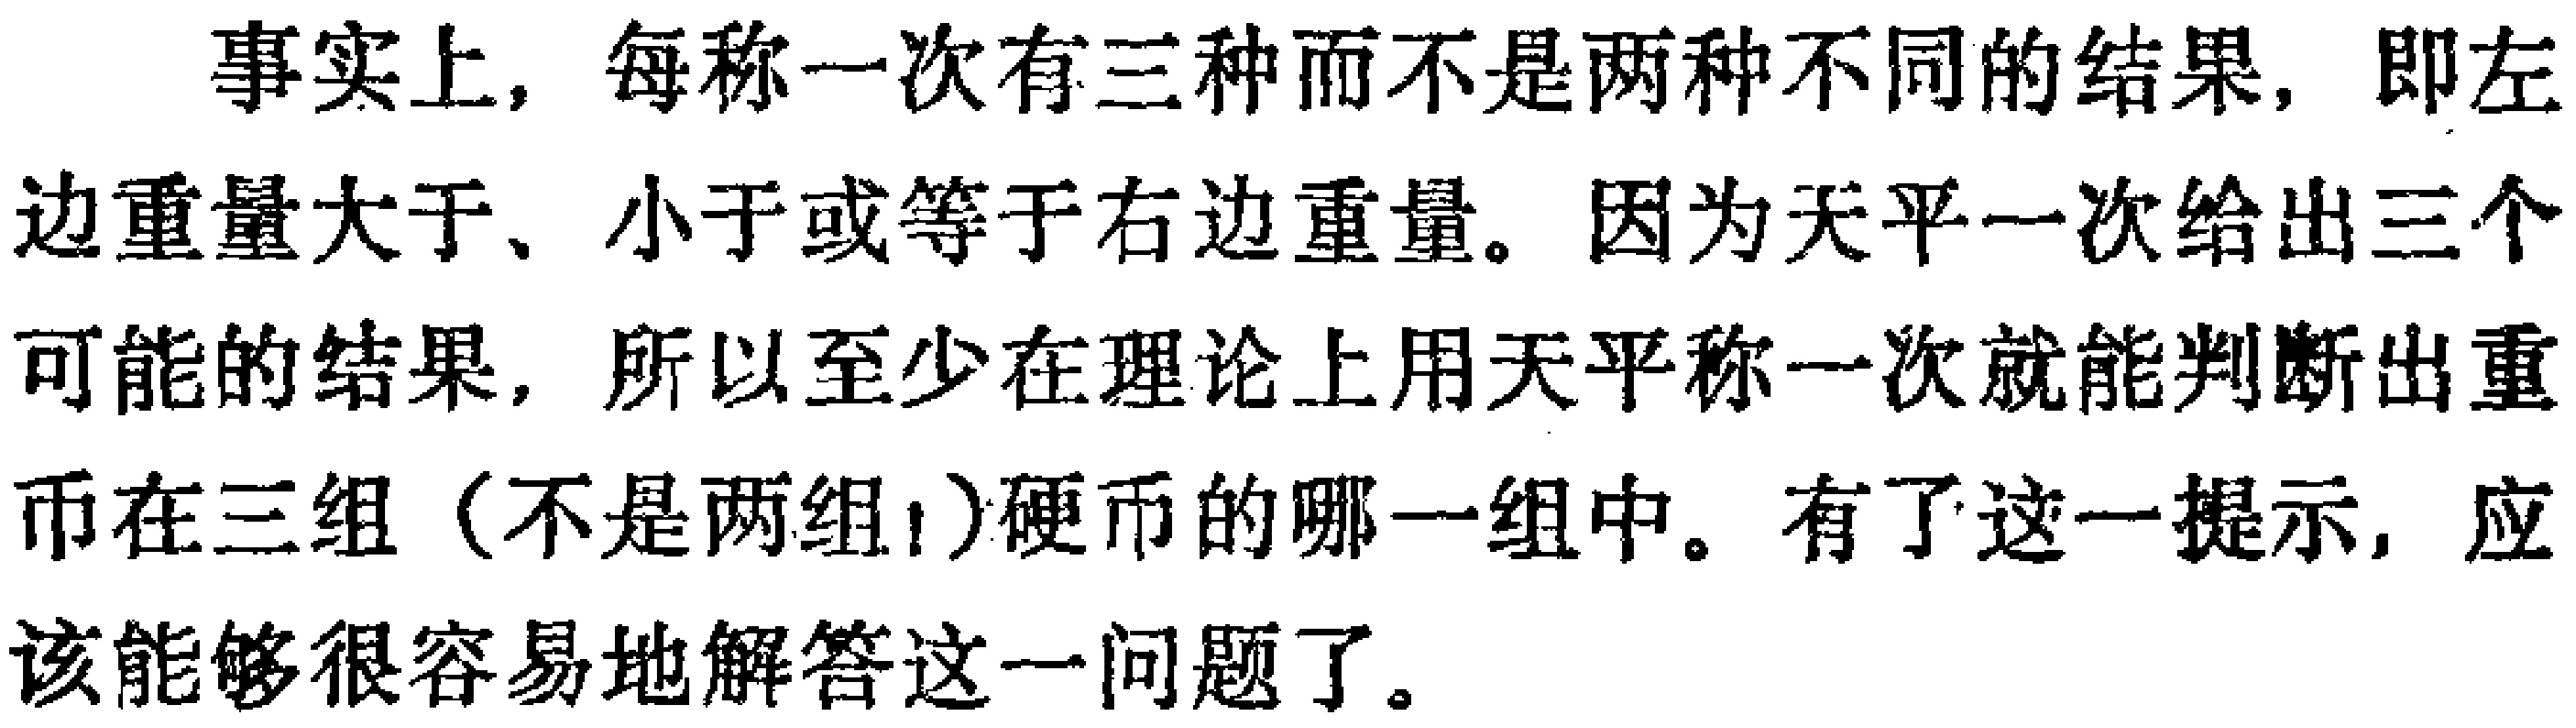
事实上，每称一次有三种而不是两种不同的结果，即左边重量大于、小于或等于右边重量。因为天平一次给出三个可能的结果，所以至少在理论上用天平称一次就能判断出重币在三组（不是两组！）硬币的哪一组中。有了这一提示，应该能够很容易地解答这一问题了。